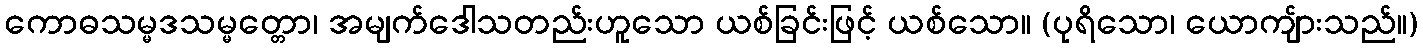
ကောဓသမ္မဒသမ္မတ္တော၊ အမျက်ဒေါသတည်းဟူသော ယစ်ခြင်းဖြင့် ယစ်သော။ (ပုရိသော၊ ယောကျ်ားသည်။)